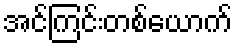
အင်ကြင်းတစ်ယောက်